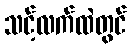
သင့်လက်ထဲတွင်